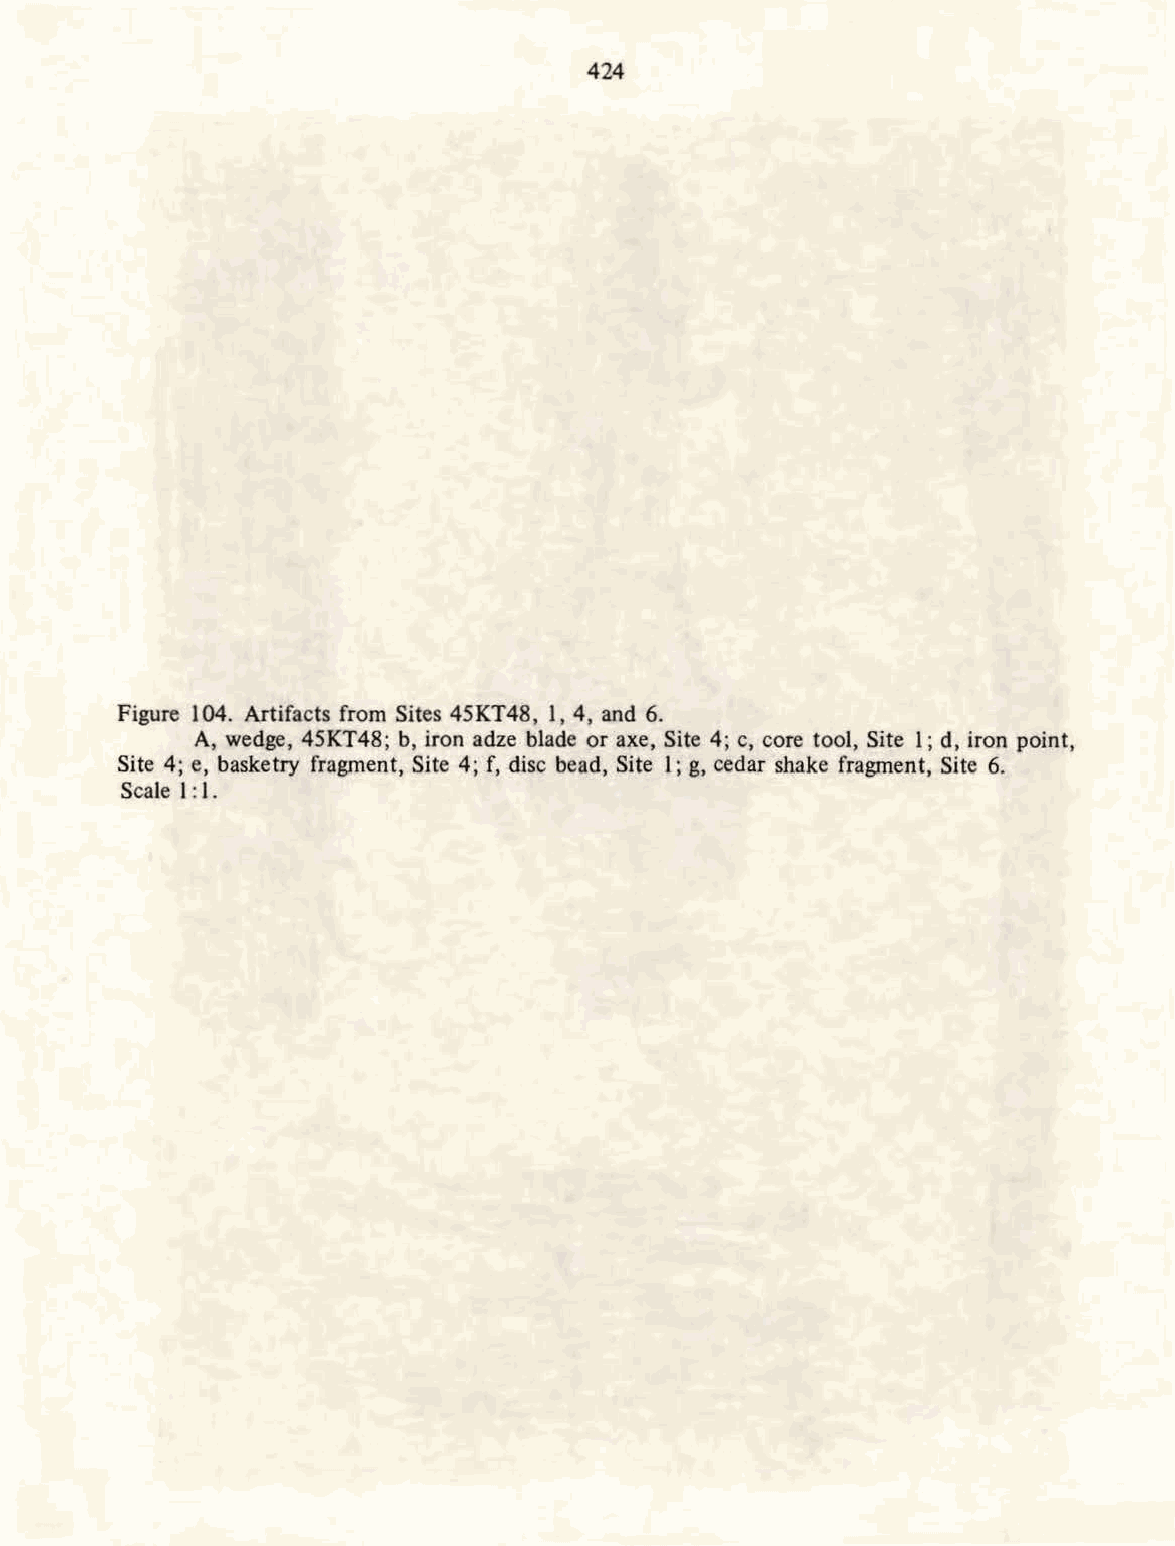
424
 Figure 104. Artifacts from Sites 45KT48, 1, 4, and 6.
 A, wedge, 4SKT48; b, iron adze blade or axe, Site 4; c, core tool, Site 1; d, iron point,
 Site 4; e, basketry fragment, Site 4; f, disc bead, Site I; g, cedar shake fragment, Site 6.
 Scale I: I.